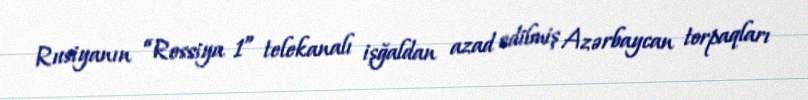
Rusiyanın “Rossiya 1” telekanalı işğaldan azad edilmiş Azərbaycan torpaqları